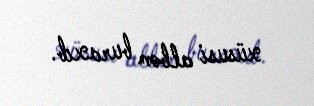
xüsusi albom buraxıb.